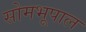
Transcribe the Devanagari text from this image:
सोमभूपाल